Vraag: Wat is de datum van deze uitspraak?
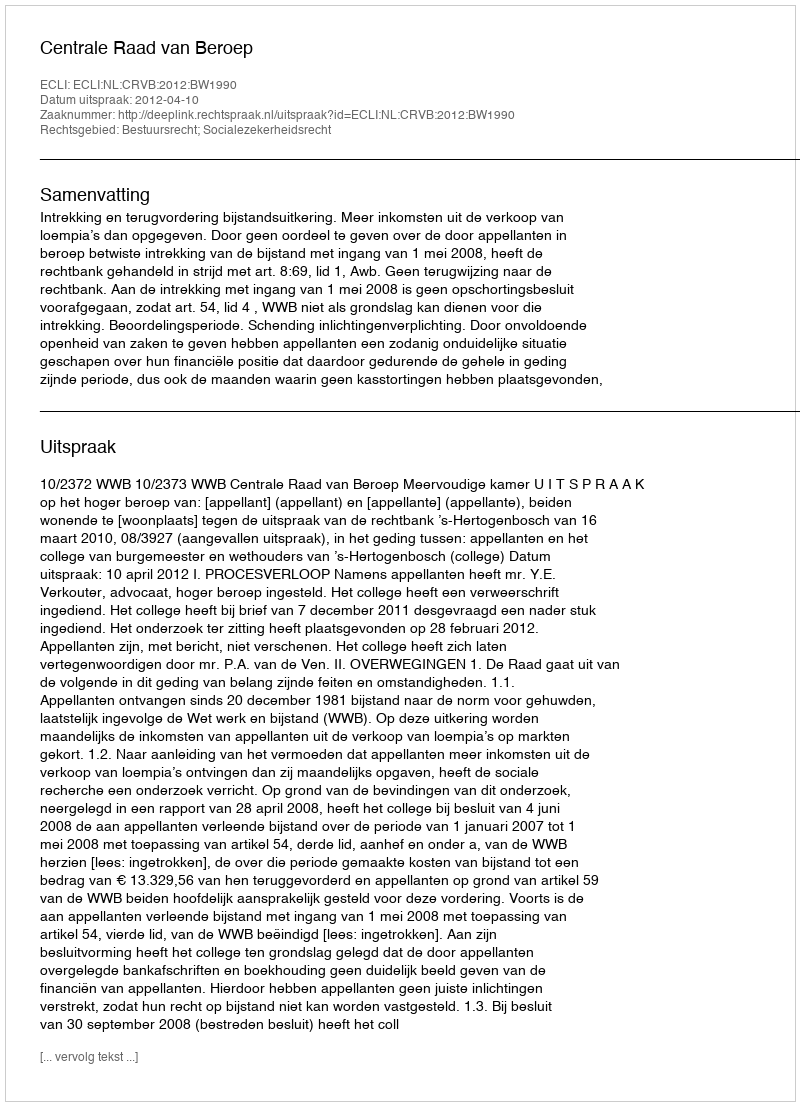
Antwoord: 2012-04-10